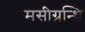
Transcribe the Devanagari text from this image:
मसीग्रन्थि